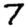
Digit: 7